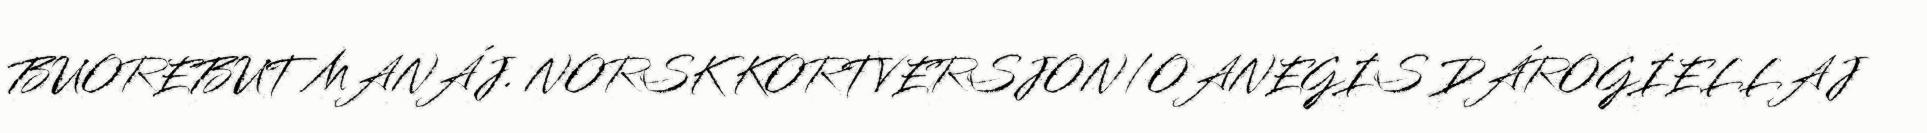
BUOREBUT MANÁJ. NORSK KORTVERSJON/OANEGIS DÁROGIELLAJ